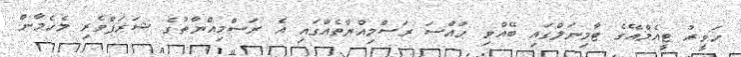
ހަވީރު ޓީއެމްއޭގެ ޓާމިނަލްގައި ބޭއްވި ހާއްސަ ރަސްމިއްޔާތެއްގައި އެ ރަސްމިއްޔާތުގެ ޝަރަފްވެރި މެހެމާން